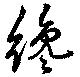
纔